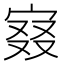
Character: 𡨤